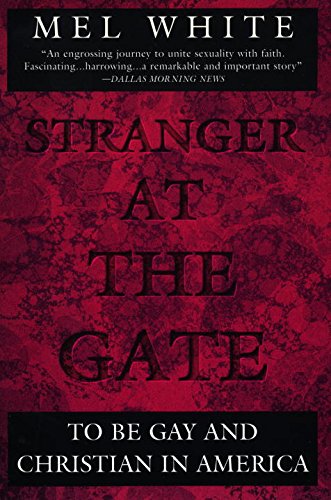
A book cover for Stranger at the Gate: To Be Gay and Christian in America; Mel White; Gay & Lesbian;